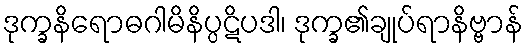
ဒုက္ခနိရောဓဂါမိနိပ္ပဋိပဒါ၊ ဒုက္ခ၏ချုပ်ရာနိဗ္ဗာန်